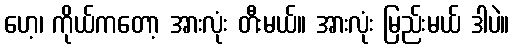
ဟေ့၊ ကိုယ်ကတော့ အားလုံး တီးမယ်။ အားလုံး မြည်းမယ် ဒါပဲ။